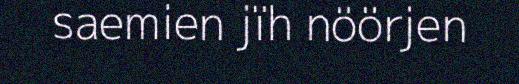
saemien jïh nöörjen